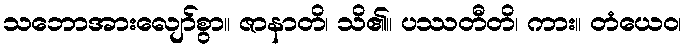
သဘောအားလျော်စွာ။ ဇာနာတိ၊ သိ၏။ ပဿတီတိ၊ ကား။ တံယေဝ၊